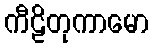
ကီဠိတုကာမော